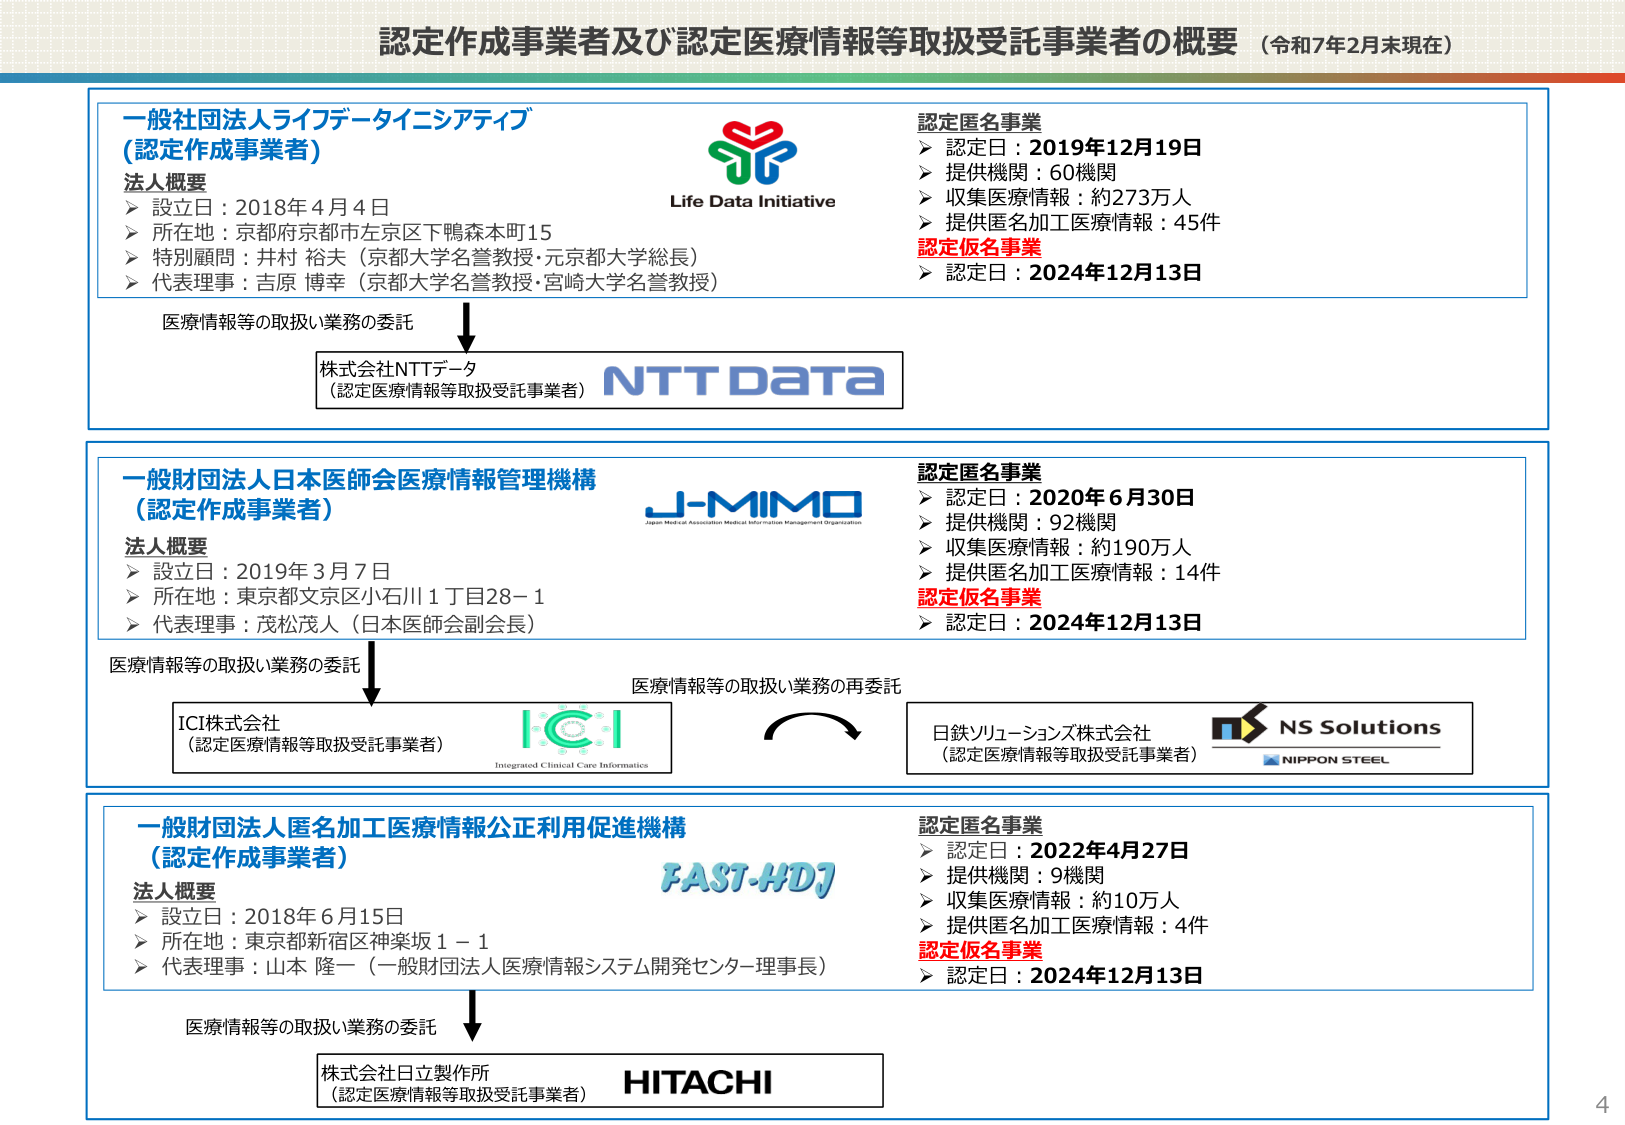
認定作成事業者及び認定医療情報等取扱受託事業者の概要 （令和7年2月末現在）

一般社団法人ライフデータイニシアティブ
（認定作成事業者）

法人概要
＞ 設立日：2018年4月4日
＞ 所在地：京都府京都市左京区下鴨森本町15
＞ 特別顧問：井村 裕夫（京都大学名誉教授・元京都大学総長）
＞ 代表理事：吉原 博幸（京都大学名誉教授・宮崎大学名誉教授）

Life Data Initiative

認定匿名事業
＞ 認定日：2019年12月19日
＞ 提供機関：60機関
＞ 収集医療情報：約273万人
＞ 提供匿名加工医療情報：45件

認定仮名事業
＞ 認定日：2024年12月13日

医療情報等の取扱い業務の委託
株式会社NTTデータ
（認定医療情報等取扱受託事業者）
NTT Data

一般財団法人日本医師会医療情報管理機構
（認定作成事業者）

法人概要
＞ 設立日：2019年3月7日
＞ 所在地：東京都文京区小石川1丁目28−1
＞ 代表理事：茂松茂人（日本医師会副会長）

J-MIMO
Japan Medical Association Medical Information Management Organization

認定匿名事業
＞ 認定日：2020年6月30日
＞ 提供機関：92機関
＞ 収集医療情報：約190万人
＞ 提供匿名加工医療情報：14件

認定仮名事業
＞ 認定日：2024年12月13日

医療情報等の取扱い業務の委託
ICI株式会社
（認定医療情報等取扱受託事業者）
ICI
Integrated Clinical Care Informatics

医療情報等の取扱い業務の再委託
日鉄ソリューションズ株式会社
（認定医療情報等取扱受託事業者）
NS Solutions
NIPPON STEEL

一般財団法人匿名加工医療情報公正利用促進機構
（認定作成事業者）

法人概要
＞ 設立日：2018年6月15日
＞ 所在地：東京都新宿区神楽坂1−1
＞ 代表理事：山本 隆一（一般財団法人医療情報システム開発センター理事長）

FAST-HDJ

認定匿名事業
＞ 認定日：2022年4月27日
＞ 提供機関：9機関
＞ 収集医療情報：約10万人
＞ 提供匿名加工医療情報：4件

認定仮名事業
＞ 認定日：2024年12月13日

医療情報等の取扱い業務の委託
株式会社日立製作所
（認定医療情報等取扱受託事業者）
HITACHI

4